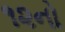
૧૨નો